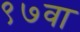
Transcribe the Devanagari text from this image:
९७वा